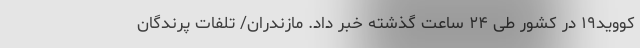
کووید۱۹ در کشور طی ۲۴ ساعت گذشته خبر داد. مازندران/ تلفات پرندگان